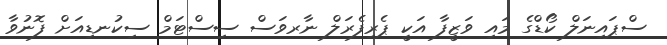
ސްޕައިނަލް ކޯޑްގެ މައި ވަޒީފާ އަކީ ޕެރިފެރަލް ނާރވަސް ސިސްޓަމް ސިކުނޑިއަށް ފޮނުވާ